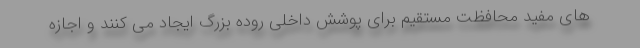
های مفید محافظت مستقیم برای پوشش داخلی روده بزرگ ایجاد می کنند و اجازه